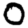
Digit: 0